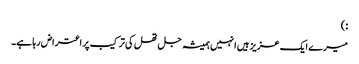
:)
میرے ایک عزیز ہیں انہیں ہمیشہ جل تھل کی ترکیب پر اعتراض رہا ہے۔